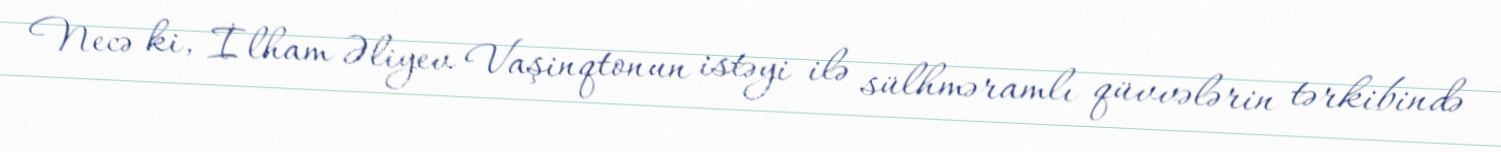
Necə ki, İlham Əliyev Vaşinqtonun istəyi ilə sülhməramlı qüvvələrin tərkibində